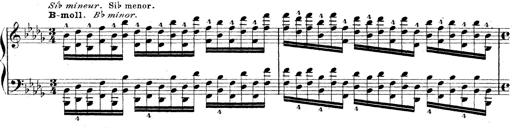
Title: Technische Studien
Composer: Franz Liszt